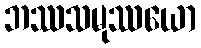
ဘဿသမုဿယော